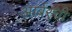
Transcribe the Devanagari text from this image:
आर्बरची